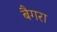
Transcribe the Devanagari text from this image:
बैगरा